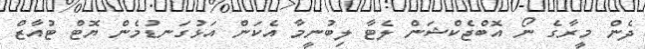
ދެން މީރާގެ ނޯ އޮބްޖެކްޝަން ލެޓާ ލިބުނީމާ އެކަން އަޅުގަނޑުމެން ޔޮޓް ޓުއާޒް